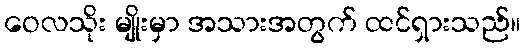
ဝေလသိုး မျိုးမှာ အသားအတွက် ထင်ရှားသည်။